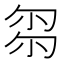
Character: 𠣧